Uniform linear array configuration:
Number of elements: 48
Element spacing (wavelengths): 0.75
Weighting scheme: blackman
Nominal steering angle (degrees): -45
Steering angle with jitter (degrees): -46.927
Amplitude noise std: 0.05
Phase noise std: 0.05

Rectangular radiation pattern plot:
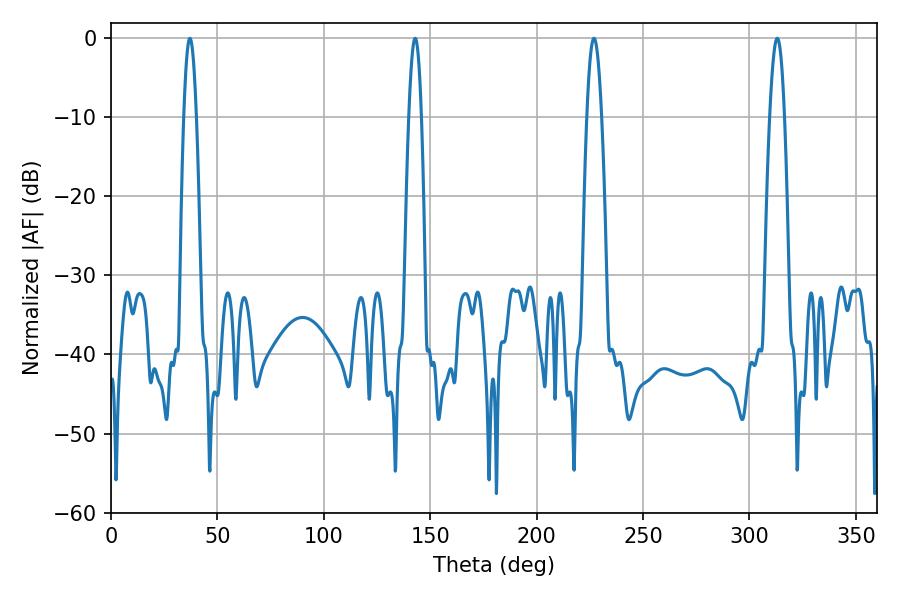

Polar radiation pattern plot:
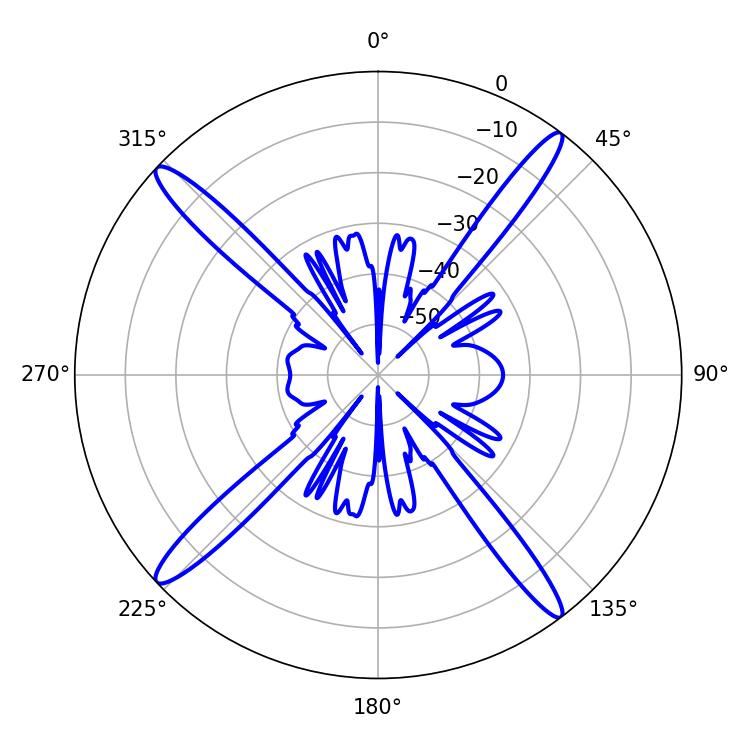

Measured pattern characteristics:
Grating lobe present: TRUE
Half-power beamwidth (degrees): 3.24
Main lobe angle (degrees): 142.92